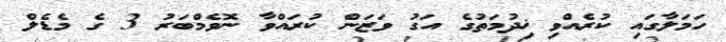
ހަމަލާގައި ކުރެއްވި ޚިދުމަތުގެ އަގު ވަޒަން ކުރައްވާ ނޮވެމްބަރު 3 ގެ މެޑެލް